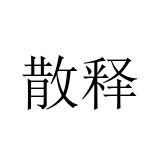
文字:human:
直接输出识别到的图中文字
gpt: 散释